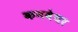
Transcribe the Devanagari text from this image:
कनवेयर